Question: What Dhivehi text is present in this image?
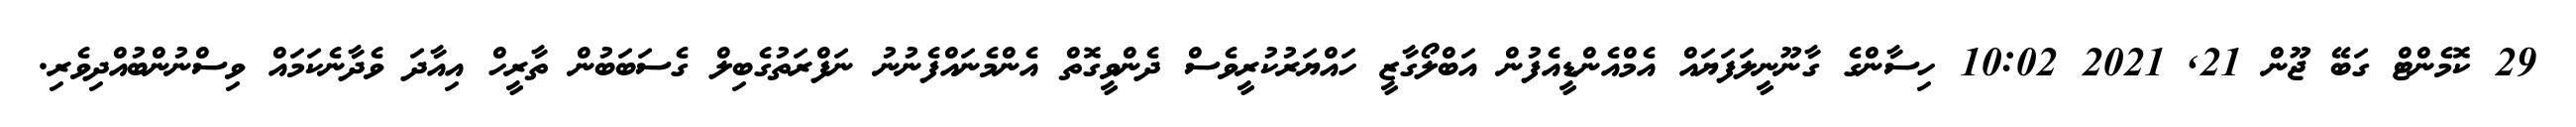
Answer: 29 ކޮމެންޓް ގަބޭ ޖޫން 21, 2021 10:02 ހިސާންގެ ގާނޫނީލަފަޔައް އެމްއެންޑީއެފުން އަބްލޯގާޒީ ހައްޔަރުކުރީވެސް ދެންވީގޮތް އެންމެނައްފެނުނު ނަފްރަތުގެބިލް ގެސަބަބުން ތާރީހް އިއާދަ ވެދާނެކަމައް ވިސްނުންބުއްދިވެރި.